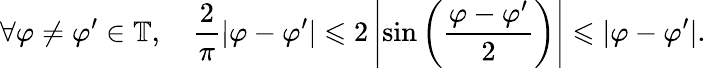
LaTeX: \forall\varphi\neq\varphi^{\prime}\in\mathbb{T},\quad\frac{2}{\pi}|\varphi-\varphi^{\prime}|\leqslant 2\left|\sin\left(\frac{\varphi-\varphi^{\prime}}{2}\right)\right|\leqslant|\varphi-\varphi^{\prime}|.